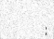
: